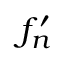
f _ { n } ^ { \prime }